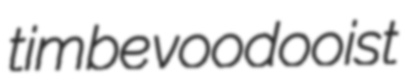
timbe voodooist